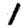
Digit: 1